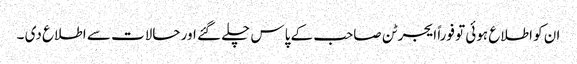
ان کو اطلاع ہوئی تو فوراً ایجرٹن صاحب کے پاس چلے گئے اور حالات سے اطلاع دی ۔